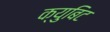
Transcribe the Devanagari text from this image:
क्युबिट